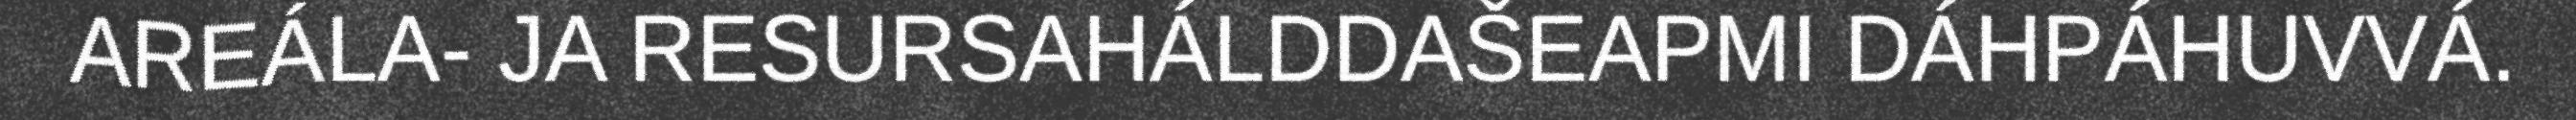
AREÁLA- JA RESURSAHÁLDDAŠEAPMI DÁHPÁHUVVÁ.